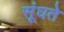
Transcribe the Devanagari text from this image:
सूंघते